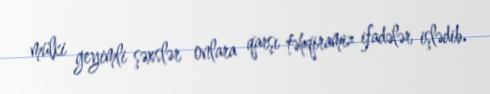
mülki geyimli şəxslər onlara qarşı təhqiramiz ifadələr işlədib.